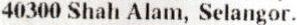
40300 SHAH ALAM, SELANGOR.